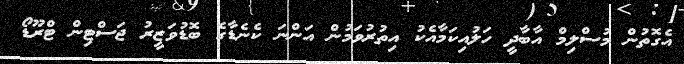
އެގޮތުން މުސްލިމް އާބާދީ ހަލުއިކަމާއެކު އިތުރުވަމުން އަންނަ ކެނެޑާގެ ބޮޑުވަޒީރު ޖަސްޓިން ޓްރޫޑޯ